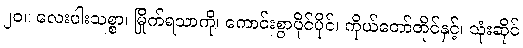
၂၀။ လေးပါးသစ္စာ၊ မြိုက်ရသာကို၊ ကောင်းစွာပိုင်ပိုင်၊ ကိုယ်တော်တိုင်နှင့်၊ သုံးဆိုင်